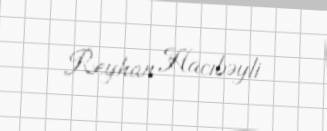
Reyhan Hacıbəyli